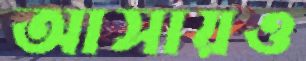
আসায়ও